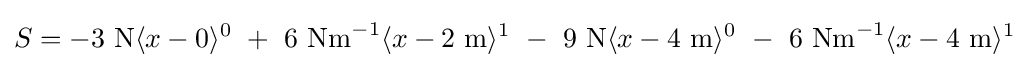
S=-3{\text{ N}}\langle x-0\rangle ^{0}\ +\ 6{\text{ Nm}}^{-1}\langle x-2{\text{ m}}\rangle ^{1}\ -\ 9{\text{ N}}\langle x-4{\text{ m}}\rangle ^{0}\ -\ 6{\text{ Nm}}^{-1}\langle x-4{\text{ m}}\rangle ^{1}